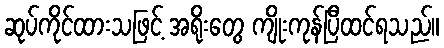
ဆုပ်ကိုင်ထားသဖြင့် အရိုးတွေ ကျိုးကုန်ပြီထင်ရသည်။